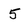
Character: 5